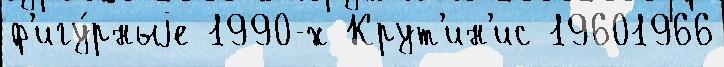
ф'игу́рныjе 1990-х Крут'ин'ис 19601966